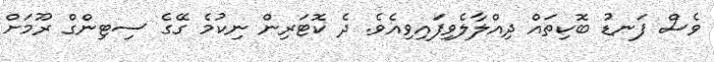
ވެސް ފަނޑު ބޮކިތައް ދިއްލާލެވިފައިވިއެވެ. ދެ ކޮޓަރިން ނިކުމެ ގޭގެ ސިޓިންގް ރޫމަށް